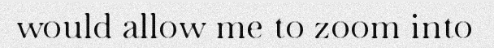
would allow me to zoom into